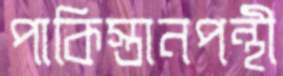
পাকিস্তানপন্থী